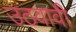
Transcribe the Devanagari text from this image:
उठवावी